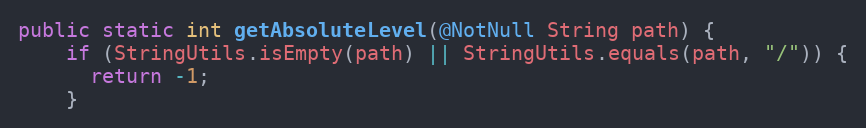
Language: Java
public static int getAbsoluteLevel(@NotNull String path) {
    if (StringUtils.isEmpty(path) || StringUtils.equals(path, "/")) {
      return -1;
    }